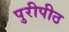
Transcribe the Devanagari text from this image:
पुरीपीठ